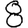
Digit: 8